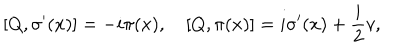
[ Q , \sigma ^ { \prime } ( x ) ] = - i \pi ( x ) , \quad [ Q , \pi ( x ) ] = i \sigma ^ { \prime } ( x ) + \frac { i } { 2 } v ,